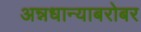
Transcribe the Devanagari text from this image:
अन्नधान्याबरोबर